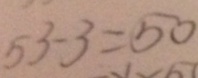
5 3 - 3 = 5 0